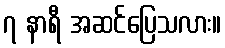
၇ နာရီ အဆင်ပြေသလား။